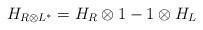
LaTeX: \begin{align*}H_{R\otimes L^{*}}=H_R\otimes 1-1\otimes H_L\end{align*}